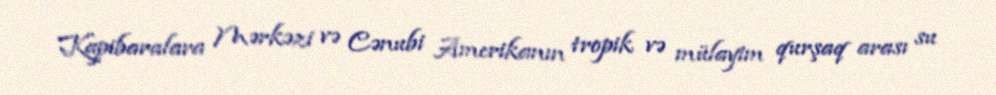
Kapibaralara Mərkəzi və Cənubi Amerikanın tropik və mülayim qurşaq arası su